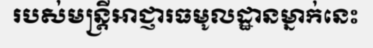
របស់មន្ត្រីអាជ្ញារធមូលដ្ឋានម្នាក់នេះ